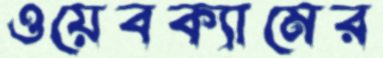
ওয়েবক্যামের